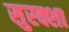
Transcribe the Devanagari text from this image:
सुरक्शा